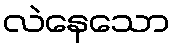
လဲနေသော